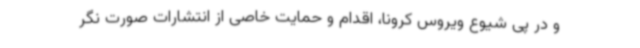
و در پی شیوع ویروس کرونا، اقدام و حمایت خاصی از انتشارات صورت نگر